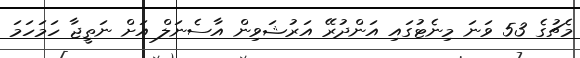
މެޗުގެ 53 ވަނަ މިނެޓުގައި އަންދުރޭ އަރުޝަވިން އާސެނަލް އަށް ނަތީޖާ ހަމަހަމަ